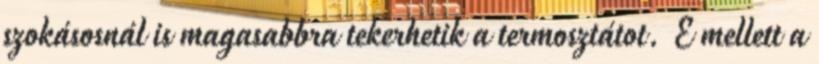
szokásosnál is magasabbra tekerhetik a termosztátot. E mellett a